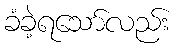
ခံခဲ့ရသော်လည်း